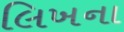
લિખના